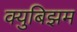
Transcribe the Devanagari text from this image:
क्युबिझम